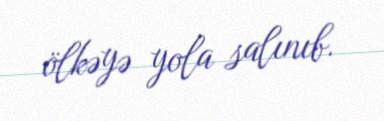
ölkəyə yola salınıb.